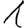
Digit: 1